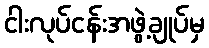
ငါးလုပ်ငန်းအဖွဲ့ချုပ်မှ